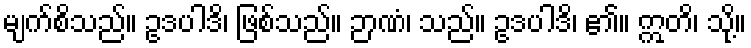
မျက်စိသည်။ ဥဒပါဒိ၊ ဖြစ်သည်။ ဉာဏံ၊ သည်။ ဥဒပါဒိ၊ ၏။ ဣတိ၊ သို့။